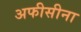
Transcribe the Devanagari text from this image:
अफीसीना